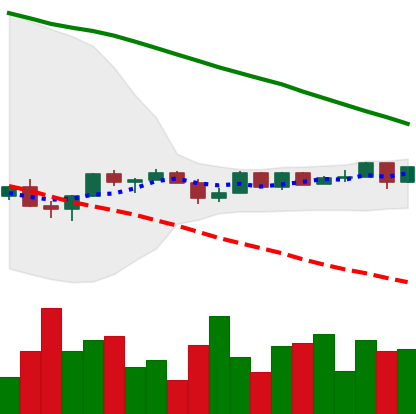
Ticker: NEO-USD
Chart end date: 2022-12-08
Forward return: 3.12%
Label: up_3_5